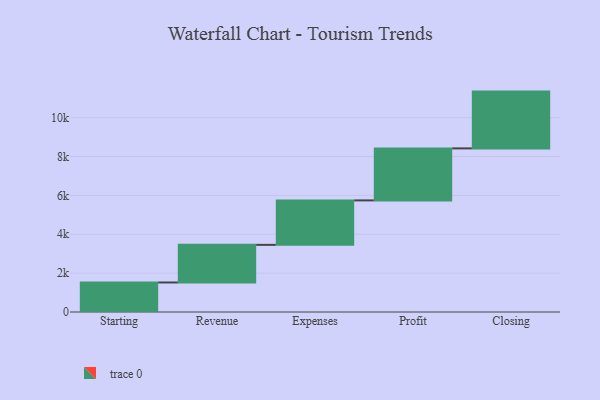
{"axis": {"x": "Step", "y": "Value"}, "legend": [""], "data": [{"x": "Starting", "y": 1519.0, "type": ""}, {"x": "Revenue", "y": 1937.0, "type": ""}, {"x": "Expenses", "y": 2288.0, "type": ""}, {"x": "Profit", "y": 2677.0, "type": ""}, {"x": "Closing", "y": 2923.0, "type": ""}]}